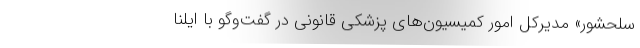
سلحشور» مدیرکل امور کمیسیون‌های پزشکی قانونی در گفت‌وگو با ایلنا